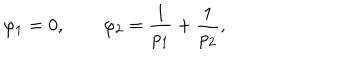
\varphi _ { 1 } = 0 , \qquad \varphi _ { 2 } = \frac { 1 } { p _ { 1 } } + \frac { 1 } { p _ { 2 } } ,